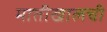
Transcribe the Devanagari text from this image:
मातीखालची